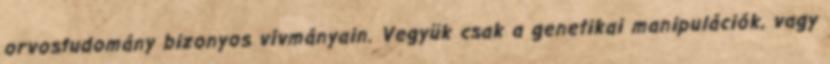
orvostudomány bizonyos vívmányain. Vegyük csak a genetikai manipulációk, vagy